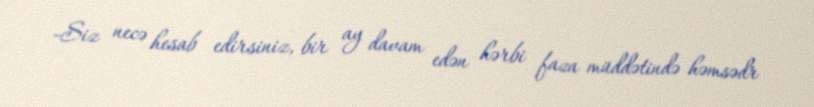
-Siz necə hesab edirsiniz, bir ay davam edən hərbi faza müddətində həmsədr